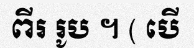
ពីរ រូប ។ ( បើ